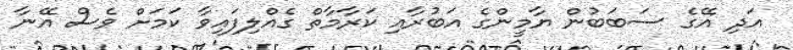
އަދި އޭގެ ސަބަބުން ޔާމީންގެ އަބުރާއި ކަރާމާތް ގެއްލިފައިވާ ކަމަށް ވެސް އޭނާ